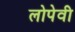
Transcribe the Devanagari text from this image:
लोपेवी